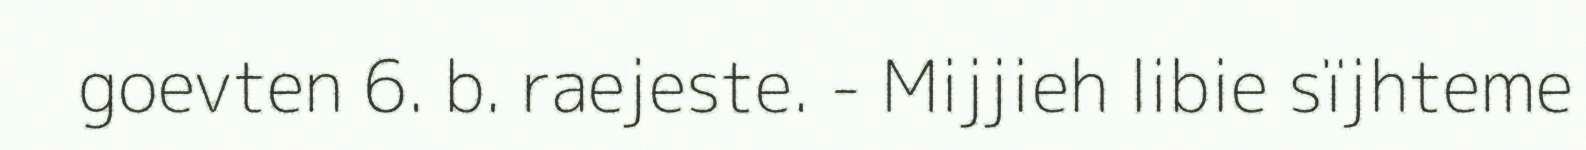
goevten 6. b. raejeste. - Mijjieh libie sïjhteme